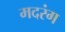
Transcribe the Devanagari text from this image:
मदरंग